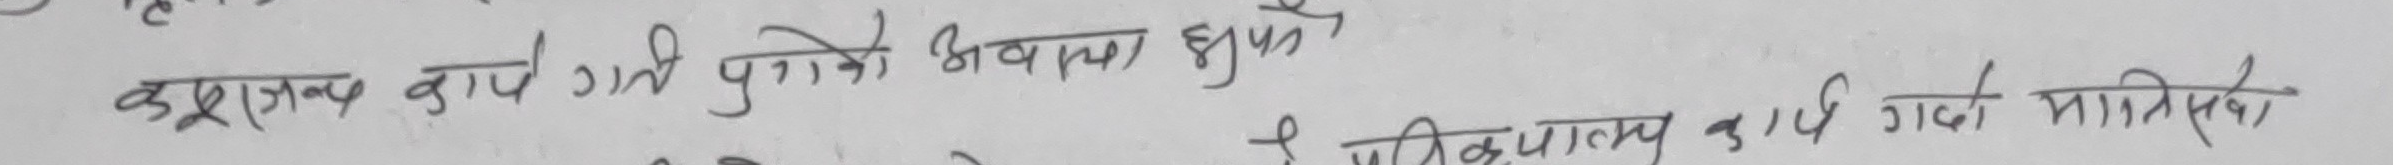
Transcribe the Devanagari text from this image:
करजानक कार्य गर्ने पुगेको अवकास हुपर्छ
प्रतिप्रदात्मक कार्य गर्दा मानिने